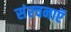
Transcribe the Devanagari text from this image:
संरचनाऍ